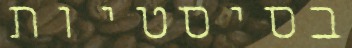
בסיסטיות